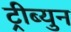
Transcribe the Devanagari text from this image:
ट्रीब्युन